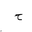
Letter: _ha